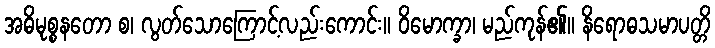
အဓိမုစ္စနတော စ၊ လွတ်သောကြောင့်လည်းကောင်း။ ဝိမောက္ခာ၊ မည်ကုန်၏။ နိရောဓသမာပတ္တိ